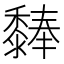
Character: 𪐃